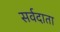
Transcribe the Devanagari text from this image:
सर्वदाता